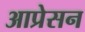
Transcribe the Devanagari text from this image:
आप्रेसन